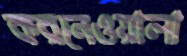
করনেওয়ালা